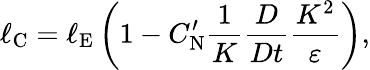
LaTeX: \ell_{\textrm{C}}=\ell_{\textrm{E}}\left({1-C_{\textrm{N}}^{\prime}\frac{1}{K}\frac{D}{Dt}\frac{K^{2}}{\varepsilon}}\right),